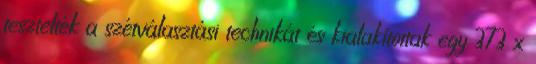
tesztelték a szétválasztási technikát és kialakítottak egy 373 x